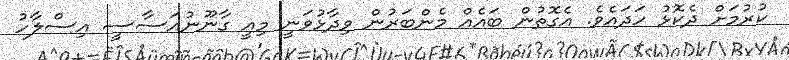
ކުރުމަށް ދެކޮޅު ހަދައެވެ. އެގޮތުން ބައެއް މެންބަރުން ވިދާޅުވަނީ މިއީ ގާނޫނުއަސާސީ އިސްލާހު